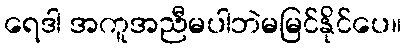
ရေဒါ အကူအညီမပါဘဲမမြင်နိုင်ပေ။